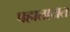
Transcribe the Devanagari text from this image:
पहातायत